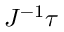
J ^ { - 1 } { \boldsymbol { \tau } }